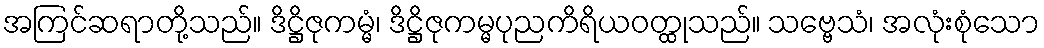
အကြင်ဆရာတို့သည်။ ဒိဋ္ဌိဇုကမ္မံ၊ ဒိဋ္ဌိဇုကမ္မပုညကိရိယဝတ္ထုသည်။ သဗ္ဗေသံ၊ အလုံးစုံသော